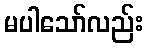
မပါသော်လည်း